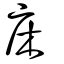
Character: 床